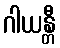
ဂါယန္တီ